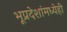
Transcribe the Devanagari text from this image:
भूप्रदेशांमध्येही